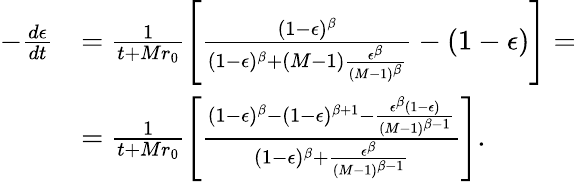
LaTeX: \begin{array}{rl}{-\frac{d\epsilon}{dt}}&{=\frac{1}{t+Mr_{0}}\left[\frac{(1-\epsilon)^{\beta}}{(1-\epsilon)^{\beta}+(M-1)\frac{\epsilon^{\beta}}{(M-1)^{\beta}}}-(1-\epsilon)\right]=}\\ &{=\frac{1}{t+Mr_{0}}\left[\frac{(1-\epsilon)^{\beta}-(1-\epsilon)^{\beta+1}-\frac{\epsilon^{\beta}(1-\epsilon)}{(M-1)^{\beta-1}}}{(1-\epsilon)^{\beta}+\frac{\epsilon^{\beta}}{(M-1)^{\beta-1}}}\right].}\end{array}